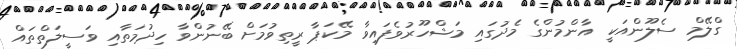
ގްލޭމް ސެލޫންއަކީ އާންމުންގެ މެދުގައި މަޝްހޫރުވެފައިވާ މޭކަޕާ ރީތިވުމަށް ބޭނުންވާ ހިދުމަތާއި ވަސީލަތްތައް